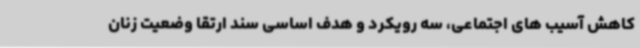
کاهش آسیب های اجتماعی، سه رویکرد و هدف اساسی سند ارتقا وضعیت زنان